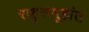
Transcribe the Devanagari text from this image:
राष्ट्रसमूहांत